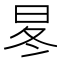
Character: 㫡